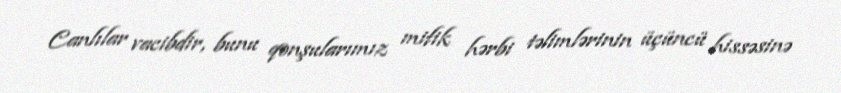
Canlılar vacibdir, bunu qonşularımız mifik hərbi təlimlərinin üçüncü hissəsinə